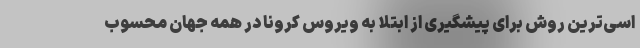
اسی‌ترین روش برای پیشگیری از ابتلا به ویروس کرونا در همه جهان محسوب